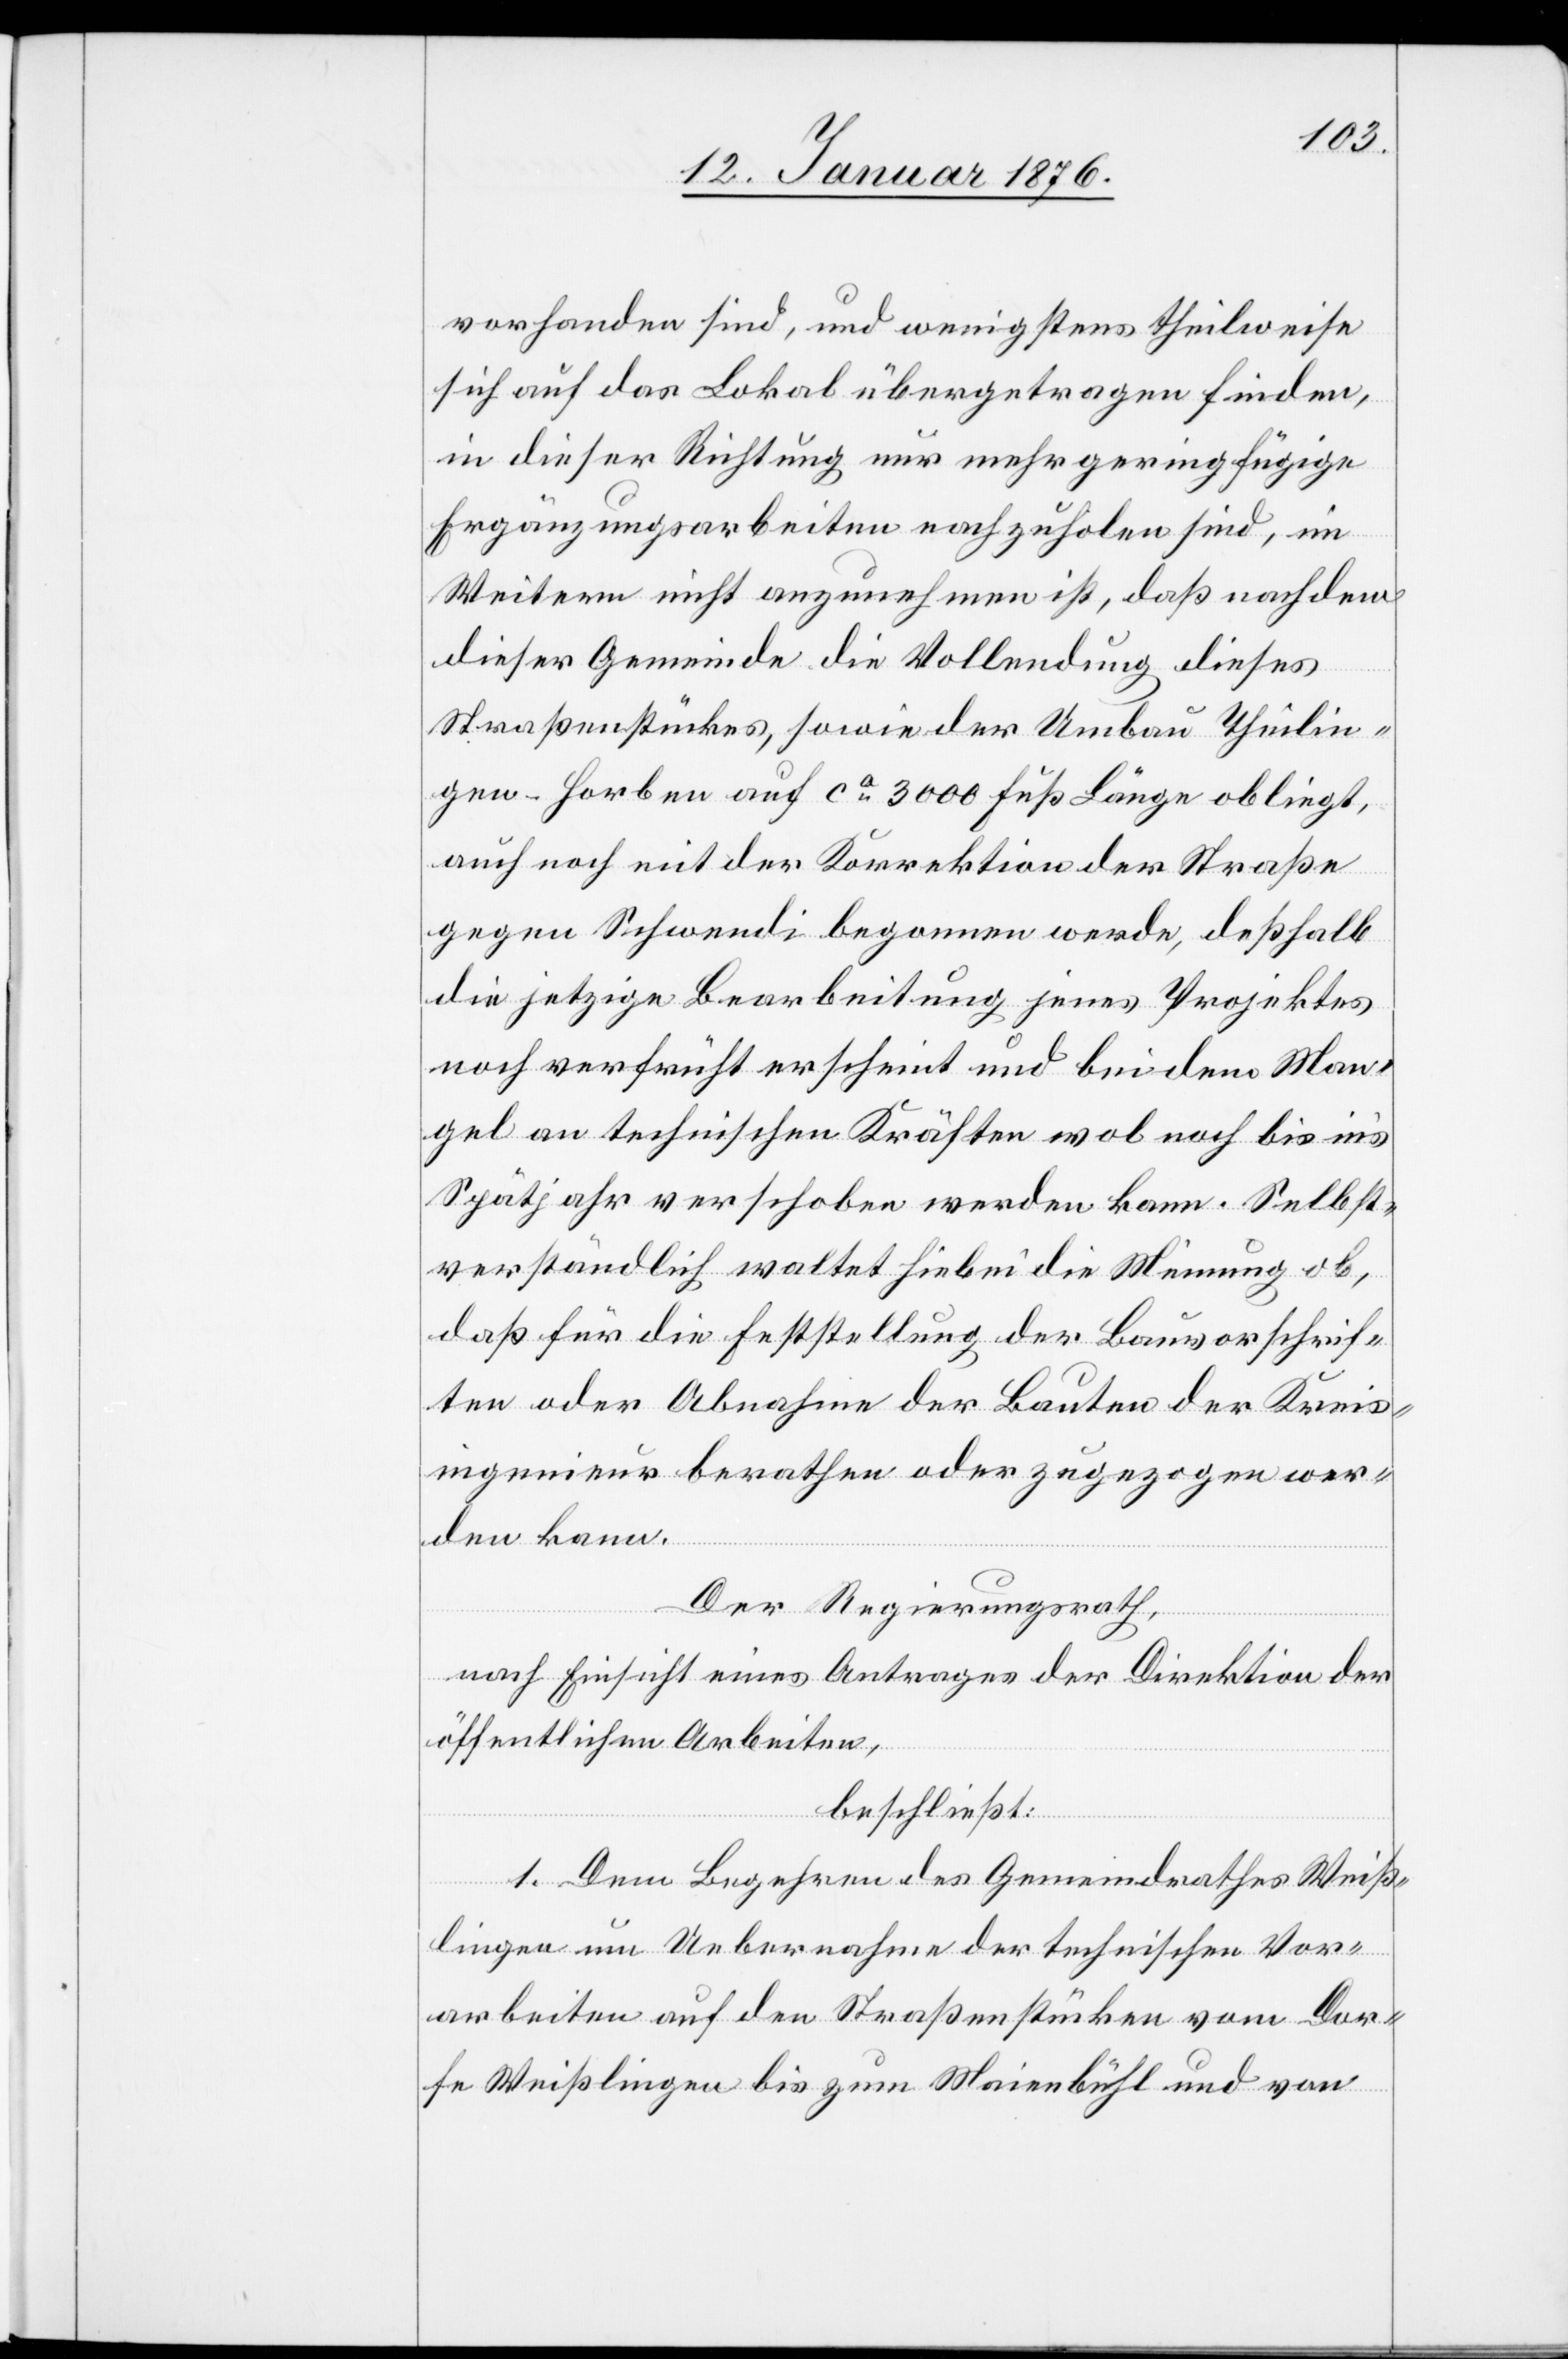
vorhanden sind, und wenigstens theilweise
sich auf das Lokal übergetragen finden,
in dieser Richtung nur mehrgeringfügige
Ergänzungsarbeiten nachzuholen sind, im
Weitern nicht anzunehmen ist, daß nachdem
dieser Gemeinde die Vollendung dieses
Straßenstückes, sowie der Umbau Theilin¬
gen-Horben auf ca. 3000 Fuß Länge obliegt,
auch noch mit der Korrektion der Straße
gegen Schwendi begonnen werde, deßhalb
die jetzige Bearbeitung jenes Projektes
noch verfrüht erscheint und bei dem Man¬
gel an technischen Kräften wol noch bis in’s
Spätjahr verschoben werden kann. Selbst¬
verständlich waltet hiebei die Meinung ob,
daß für die Feststellung der Bauvorschrif¬
ten oder Abnahme der Bauten der Kreis¬
ingenieur berathen oder zugezogen wer¬
den kann.
Der Regierungsrath,
nach Einsicht eines Antrages der Direktion der
öffentlichen Arbeiten,
beschließt:
1. Dem Begehren des Gemeindrathes Weiß¬
lingen um Uebernahme der technischen Vor¬
arbeiten auf den Straßenstücken vom Dor¬
fe Weißlingen bis zum Maienbühl und von